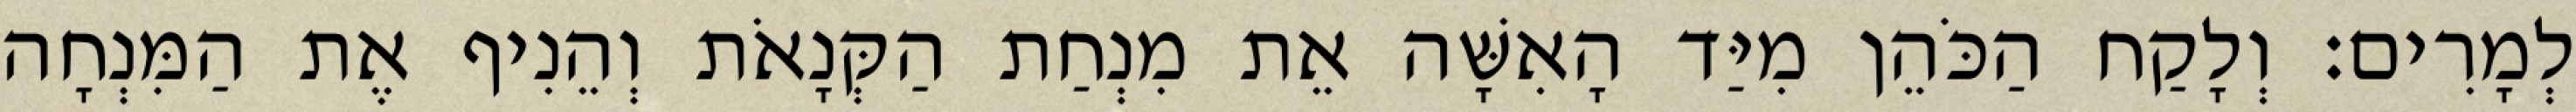
לְמָרִים׃ וְלָקַח הַכֹּהֵן מִיַּד הָאִשָּׁה אֵת מִנְחַת הַקְּנָאֹת וְהֵנִיף אֶת הַמִּנְחָה